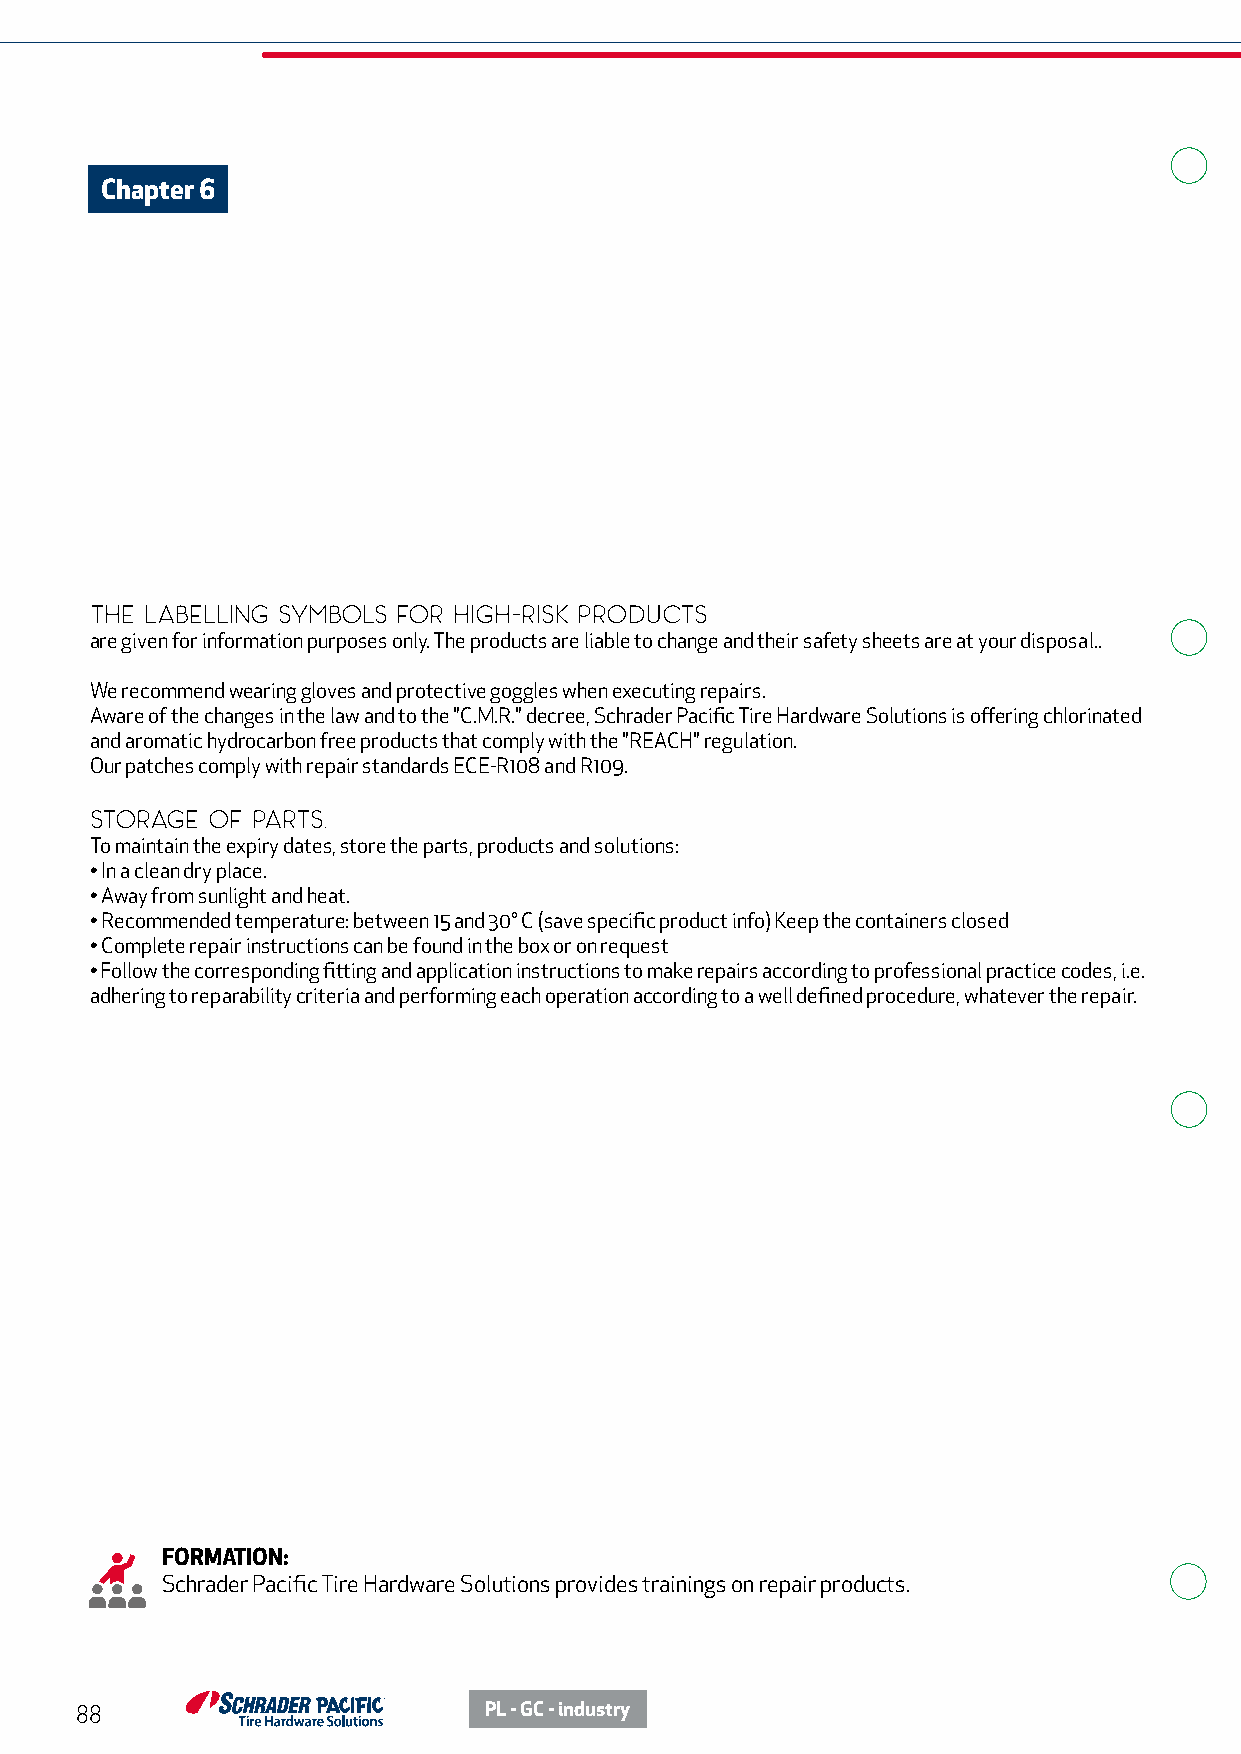
Chapter 6
 The LABELLING SYMBOLS FOR HIGH-RISK PRODUCTS
 are given for information purposes only. The products are liable to change and their safety sheets are at your disposal..
 We recommend wearing gloves and protective goggles when executing repairs.
 Aware of the changes in the law and to the "C.M.R." decree, Schrader Pacific Tire Hardware Solutions is offering chlorinated
 and aromatic hydrocarbon free products that comply with the "REACH" regulation.
 Our patches comply with repair standards ECE-R108 and R109.
 STORAGE OF PARTS.
 To maintain the expiry dates, store the parts, products and solutions:
 • In a clean dry place.
 • Away from sunlight and heat.
 • Recommended temperature: between 15 and 30° C (save specific product info) Keep the containers closed
 • Complete repair instructions can be found in the box or on request
 • Follow the corresponding fitting and application instructions to make repairs according to professional practice codes, i.e.
 adhering to reparability criteria and performing each operation according to a well defined procedure, whatever the repair.
 FORMATION:
 Schrader Pacific Tire Hardware Solutions provides trainings on repair products.
 88                         PL - GC - industry